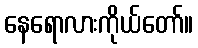
နေရောလားကိုယ်တော်။